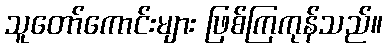
သူတော်ကောင်းများ ဖြစ်ကြကုန်သည်။